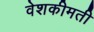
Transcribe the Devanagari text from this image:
वेशकीमती